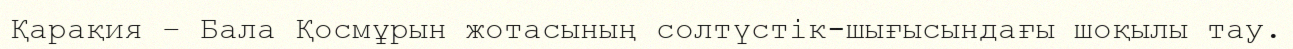
Қарақия – Бала Қосмұрын жотасының солтүстік-шығысындағы шоқылы тау.